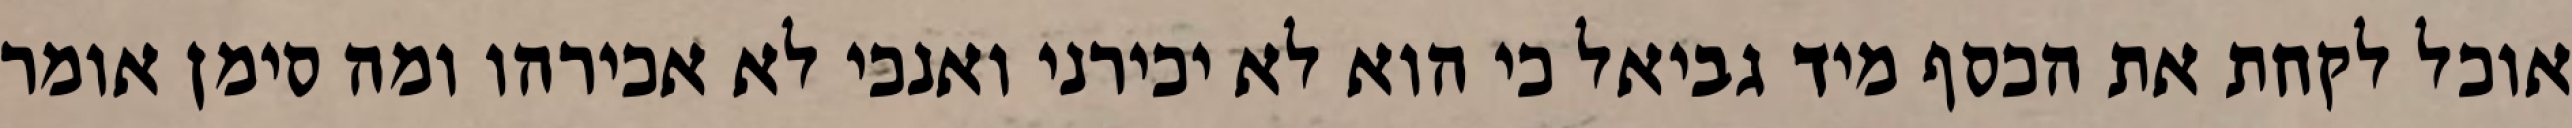
אוכל לקחת את הכסף מיד גביאל כי הוא לא יכירני ואנכי לא אכירהו ומה סימן אומר